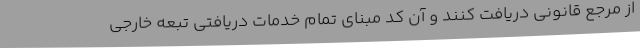
از مرجع قانونی دریافت کنند و آن کد مبنای تمام خدمات دریافتی تبعه خارجی